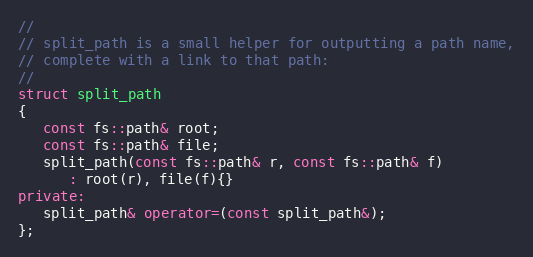
Language: C++
//
// split_path is a small helper for outputting a path name,
// complete with a link to that path:
//
struct split_path
{
   const fs::path& root;
   const fs::path& file;
   split_path(const fs::path& r, const fs::path& f)
      : root(r), file(f){}
private:
   split_path& operator=(const split_path&);
};